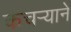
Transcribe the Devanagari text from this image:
कचऱ्याने